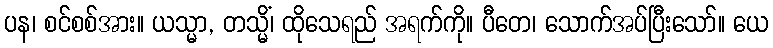
ပန၊ စင်စစ်အား။ ယသ္မာ, တသ္မိံ၊ ထိုသေရည် အရက်ကို။ ပီတေ၊ သောက်အပ်ပြီးသော်။ ယေ